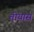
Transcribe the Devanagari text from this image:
तीयास